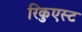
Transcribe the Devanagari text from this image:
रिकुएस्ट